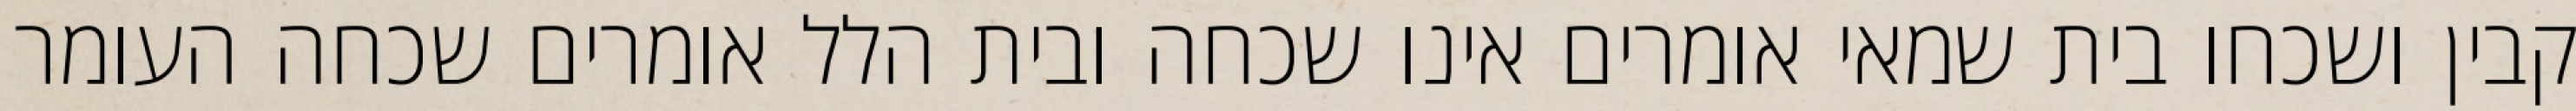
קבין ושכחו בית שמאי אומרים אינו שכחה ובית הלל אומרים שכחה העומר